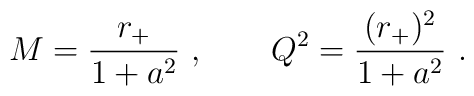
M= {r_+\over 1+a^2 } \ ,\qquad Q^2 ={(r_+) ^2\over 1+a^2 }  \ .